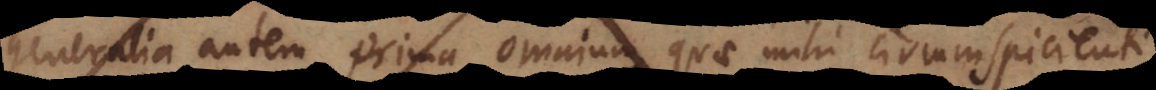
generalia autem prima omnium, quae mihi circumspicienti